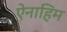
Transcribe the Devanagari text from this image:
ऐनाहिम